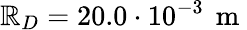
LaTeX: \mathbb{R}_{D}=20.0\cdot10^{-3}\, \mathrm{{~m~}}